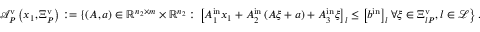
\begin{array} { r l } & { { \mathcal A } _ { P } ^ { \mathrm { v } } \left( x _ { 1 } , \Xi _ { P } ^ { \mathrm { v } } \right) : = \{ \left( A , a \right) \in { \mathbb R } ^ { n _ { 2 } \times m } \times { \mathbb R } ^ { n _ { 2 } } : \left. \left[ A _ { 1 } ^ { \mathrm { i n } } x _ { 1 } + A _ { 2 } ^ { \mathrm { i n } } \left( A { \xi } + a \right) + A _ { 3 } ^ { \mathrm { i n } } { \xi } \right] _ { l } \leq \left[ b ^ { \mathrm { i n } } \right] _ { l } \forall { \xi } \in \Xi _ { l P } ^ { \mathrm { v } } , l \in { \mathcal L } \right\} . } \end{array}